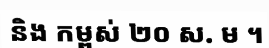
និង កម្ពស់ ២០ ស. ម ។